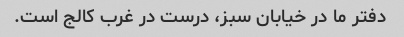
دفتر ما در خیابان سبز، درست در غرب کالج است.